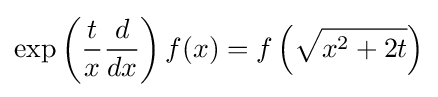
\exp \left({\frac {t}{x}}{\frac {d}{dx}}\right)f(x)=f\left({\sqrt {x^{2}+2t}}\right)